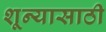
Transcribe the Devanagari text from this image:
शून्यासाठी